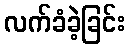
လက်ခံခဲ့ခြင်း